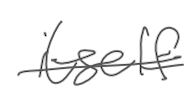
Text: itself
Cross-out: single-line
Writing tool: digital_gray